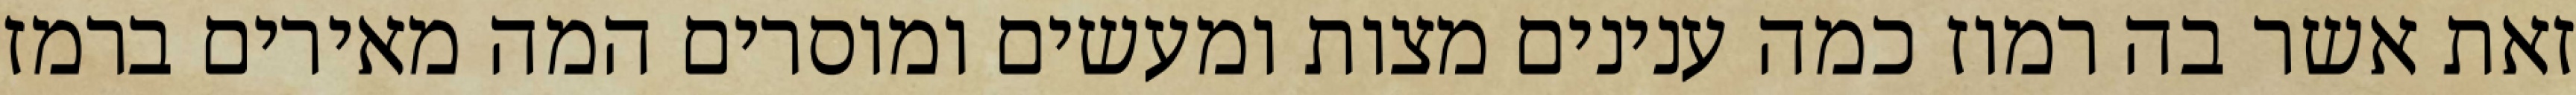
זאת אשר בה רמוז כמה ענינים מצות ומעשים ומוסרים המה מאירים ברמז